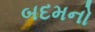
બદમનો